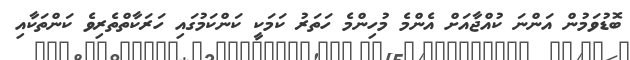
ބޮޑުވަމުން އަންނަ ކުއްޖާއަށް އެންމެ މުހިންމެ ހަތަރު ކަމަކީ ކަންކަމުގައި ހަރަކާތްތެރިވެ ކަންތަކާއި